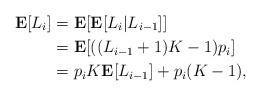
LaTeX: \begin{align*}\mathbf{E}[L_i] &= \mathbf{E}[ \mathbf{E}[L_i \lvert L_{i-1}]] \\&= \mathbf{E}[((L_{i-1}+1)K-1)p_i] \\&= p_iK\mathbf{E}[L_{i-1}] + p_i(K-1), \end{align*}